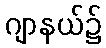
ဂျာနယ်၌